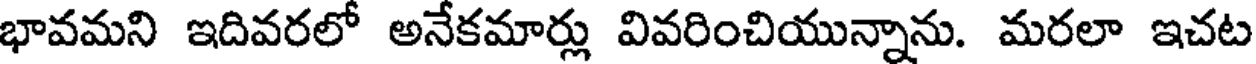
భావమని ఇదివరలో అనేకమార్లు వివరించియున్నాను. మరలా ఇచట